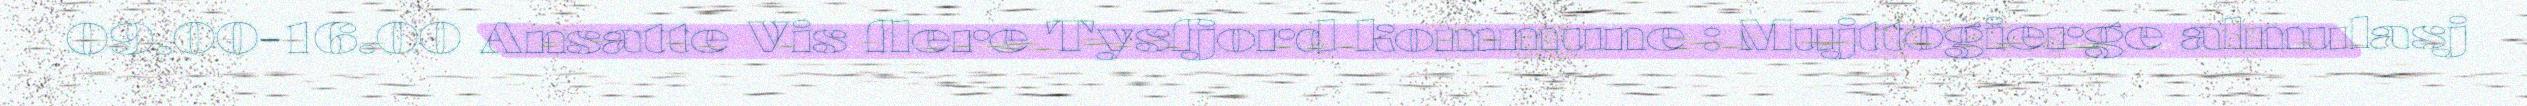
09.00-16.00 Ansatte Vis flere Tysfjord kommune : Mujttogierge almulasj